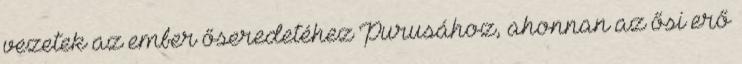
vezetek az ember őseredetéhez Purusához, ahonnan az ősi erő